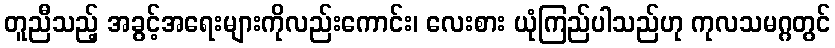
တူညီသည့် အခွင့်အရေးများကိုလည်းကောင်း၊ လေးစား ယုံကြည်ပါသည်ဟု ကုလသမဂ္ဂတွင်